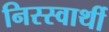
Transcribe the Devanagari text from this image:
निस्स्वार्थी